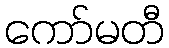
ကော်မတီ